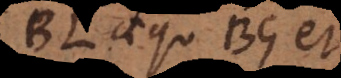
BL aequ. BG et